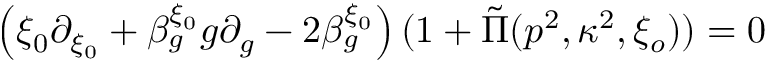
\left( \xi _ { 0 } \partial _ { \xi _ { 0 } } + \beta _ { g } ^ { \xi _ { 0 } } g \partial _ { g } - 2 \beta _ { g } ^ { \xi _ { 0 } } \right) ( 1 + \tilde { \Pi } ( p ^ { 2 } , \kappa ^ { 2 } , \xi _ { o } ) ) = 0